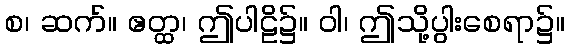
စ၊ ဆက်။ ဧတ္ထ၊ ဤပါဠိ၌။ ဝါ၊ ဤသို့ပွါးစေရာ၌။